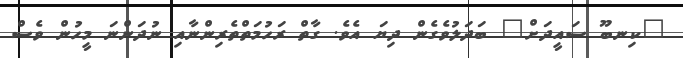
"ކިނބޫ ސައީދަށް" ބަދަލުވެގެން ދިޔަ އެވެ. ގާތް ރަހުމަތްތެރިންނާއި ނުދަންނަ މީހުން ވެސް